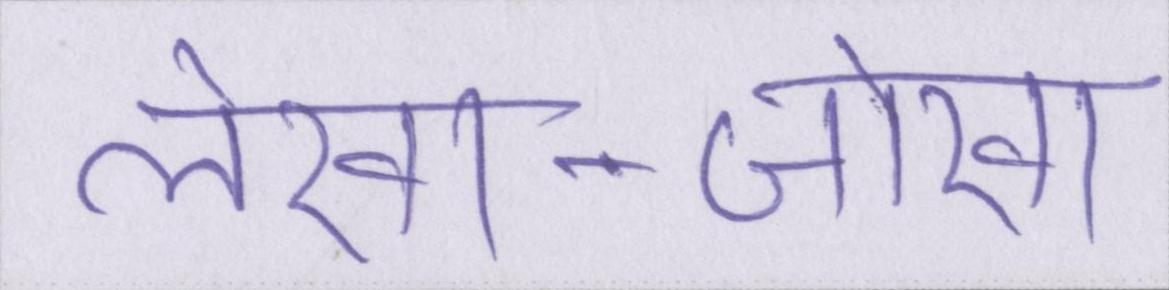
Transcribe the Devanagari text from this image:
लेखा-जोखा